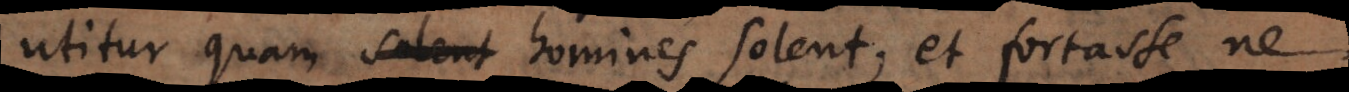
utitur quam homines solent, et fortasse ne